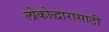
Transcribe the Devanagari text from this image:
लोकोद्धारासाठी